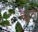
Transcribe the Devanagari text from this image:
झूते